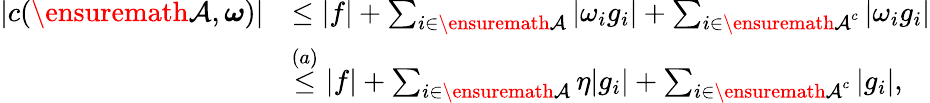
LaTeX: \begin{array}{rl}{\vert c({\ensuremath{\mathcal{A}}},\boldsymbol{\omega})\vert}&{\leq\vert f\vert+\sum_{i\in{\ensuremath{\mathcal{A}}}}\vert\omega_{i}g_{i}\vert+\sum_{i\in{\ensuremath{\mathcal{A}}}^{c}}\vert\omega_{i}g_{i}\vert}\\ &{\overset{(a)}{\leq}\vert f\vert+\sum_{i\in{\ensuremath{\mathcal{A}}}}\eta\vert g_{i}\vert+\sum_{i\in{\ensuremath{\mathcal{A}}}^{c}}\vert g_{i}\vert,}\end{array}